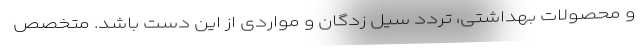
و محصولات بهداشتی، تردد سیل زدگان و مواردی از این دست باشد. متخصص